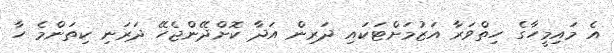
އެ މައިމީހާގެ ހިތްވަރާ އަޒުމަށްޓަކައި ދަރިން އަދާ ކޮށްދޭންޖެހޭ ދަރަނި ކިތަންމެ ހާ